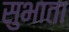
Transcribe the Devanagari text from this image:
सुभाता